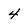
Character: 4